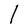
Character: l